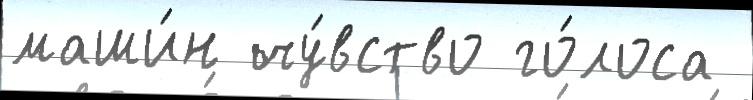
маши́н чу́вство го́лоса